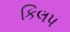
કિલપ